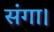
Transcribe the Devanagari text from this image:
संगा।